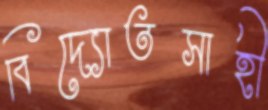
বিদ্যোতসাহী